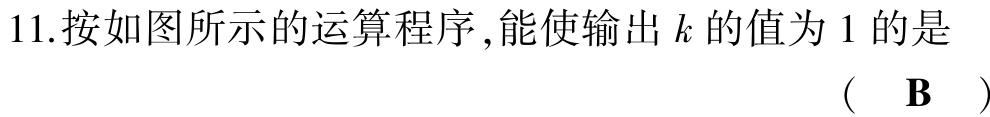
11.按如图所示的运算程序,能使输出\(k\)的值为\(1\)的是 （ \(\mathbf{B}\) ）